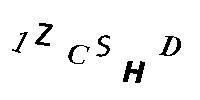
1ZCSHD